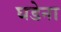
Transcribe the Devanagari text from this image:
घडेना